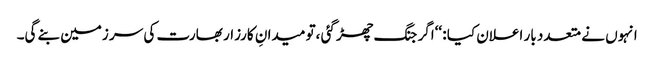
انہوں نے متعدد بار اعلان کیا : ‘‘اگر جنگ چھڑ گئی ،تو میدانِ کارزار بھارت کی سر زمین بنے گی۔